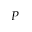
P